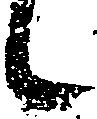
候